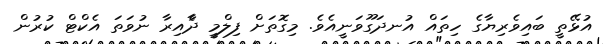
އުޅޭތީ ބައިވެރިޔާގެ ހިތައް އުނދަގޫވަނީއެވެ. މިގޮތަށް ފިލްމީ ދާެއިރާ ނުވަތަ އެކްޓް ކުރުން